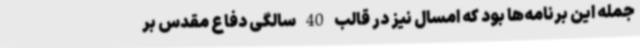
جمله این برنامه‌ها بود که امسال نیز در قالب 40 سالگی دفاع مقدس بر